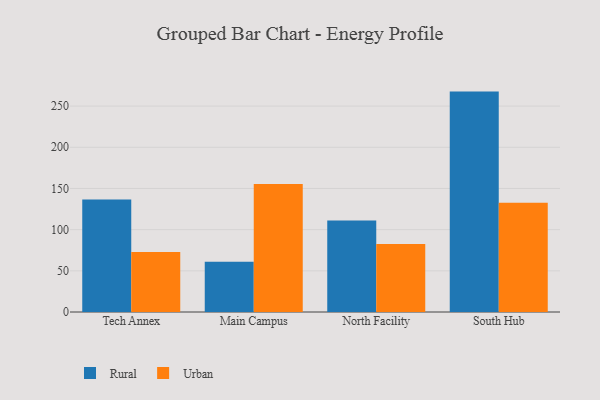
{"axis": {"x": "Campus", "y": "Market Share (%)"}, "legend": ["Rural", "Urban"], "data": [{"x": "Tech Annex", "y": 136.7, "type": "Rural"}, {"x": "Tech Annex", "y": 72.8, "type": "Urban"}, {"x": "Main Campus", "y": 60.9, "type": "Rural"}, {"x": "Main Campus", "y": 155.5, "type": "Urban"}, {"x": "North Facility", "y": 111.1, "type": "Rural"}, {"x": "North Facility", "y": 82.5, "type": "Urban"}, {"x": "South Hub", "y": 267.6, "type": "Rural"}, {"x": "South Hub", "y": 132.7, "type": "Urban"}]}